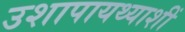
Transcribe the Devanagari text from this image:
उशापायथ्याशीं